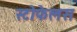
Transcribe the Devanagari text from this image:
स्टोफेलस